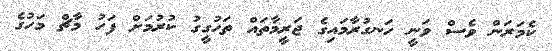
ކެމަރަން ވެސް ވަނީ ހަނގުރާމައިިގެ ޖަރީމާތައް ތަހުގީގު ކުރުމަށް ފަހު މާޗް މަހުގެ